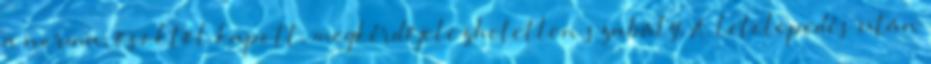
a norma, ősöktől kapott, megkérdőjelezhetetlen szabály, A letelepedés után